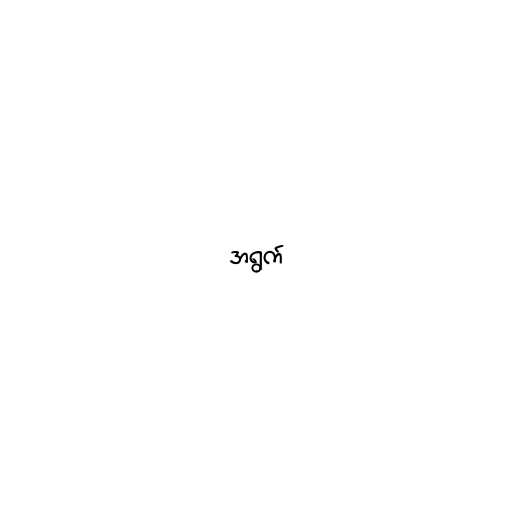
အရွက်